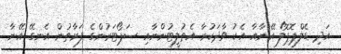
އަދި ޑެލްޕޮޕޮލޯ އޭނާއާ އެކު ވާދަކުރާ އެތުލީޓުންނާއި ސަޕޯޓަރުންގެ ފަރާތުން އެނގޭ އޭނާ